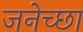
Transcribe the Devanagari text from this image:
जनेच्छा